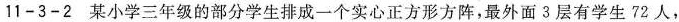
11-3-2某小学三年级的部分学生排成一个实心正方形方阵，最外面3层有学生72人，